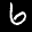
Label: 6